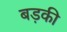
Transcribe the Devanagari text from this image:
बड़की